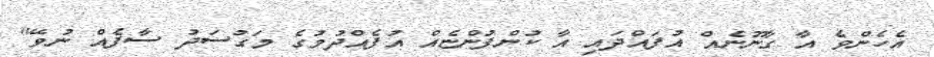
އެހެންވެ އާ ގާނޫނެއް އުފައްދައި އާ ކުންފުންޏެއް އުފެއްދުމުގެ މަގުސަދު ސާފެއް ނުވޭ"